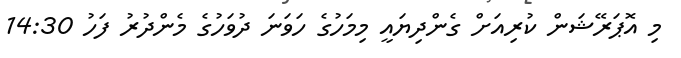
މި އޮޕަރޭޝަން ކުރިއަށް ގެންދިޔައީ މިމަހުގެ ހަވަނަ ދުވަހުގެ މެންދުރު ފަހު 14:30